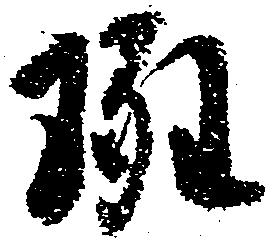
斑